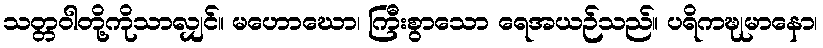
သတ္တဝါတို့ကိုသာလျှင်။ မဟောဃော၊ ကြီးစွာသော ရေအယဉ်သည်။ ပရိကဍ္ဎုမာနော၊